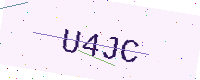
Text: U4JC